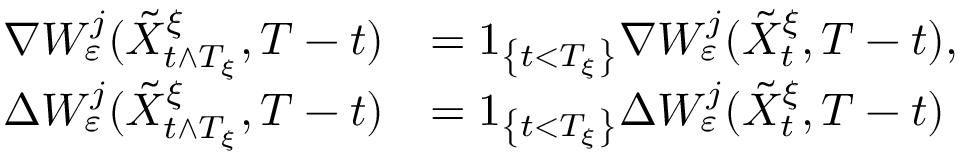
\begin{array} { r l } { \nabla W _ { \varepsilon } ^ { j } ( \tilde { X } _ { t \wedge T _ { \xi } } ^ { \xi } , T - t ) } & { = 1 _ { \left\{ t < T _ { \xi } \right\} } \nabla W _ { \varepsilon } ^ { j } ( \tilde { X } _ { t } ^ { \xi } , T - t ) , } \\ { \Delta W _ { \varepsilon } ^ { j } ( \tilde { X } _ { t \wedge T _ { \xi } } ^ { \xi } , T - t ) } & { = 1 _ { \left\{ t < T _ { \xi } \right\} } \Delta W _ { \varepsilon } ^ { j } ( \tilde { X } _ { t } ^ { \xi } , T - t ) } \end{array}